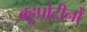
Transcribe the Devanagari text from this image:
बहुप्रोटीनों